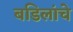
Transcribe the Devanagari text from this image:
बडिलांचे